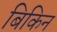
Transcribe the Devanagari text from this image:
बिकिन